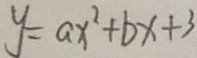
y = a x ^ { 2 } + b x + 3